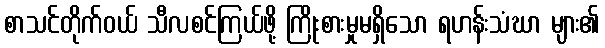
စာသင်တိုက်ဝယ် သီလစင်ကြယ်ဖို့ ကြိုးစားမှုမရှိသော ရဟန်းသံဃာ များ၏